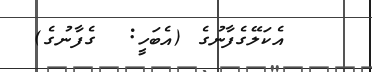
އެކަލޭގެފާނުގެ (އެބަހީ:  ގެފާނުގެ)